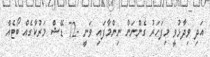
އަދި ވިދާޅުވީ މިފަހަރު ގެންނަން ނިންމާފައި ވަނީ -72 ޑޭޝް މަރުކާގެއް ބޯޓެއް